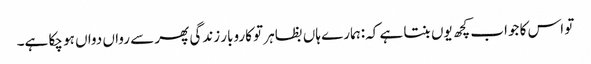
تو اس کا جواب کچھ یوں بنتا ہے کہ:ہمارے ہاں بظاہر تو کاروبار زندگی پھر سے رواں دواں ہو چکا ہے۔